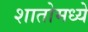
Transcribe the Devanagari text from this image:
शातोमध्ये